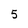
Character: 5